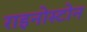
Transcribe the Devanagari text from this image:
राइनोस्टोन